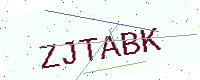
Text: ZJTABK